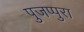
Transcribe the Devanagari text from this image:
पुजप्पुरा